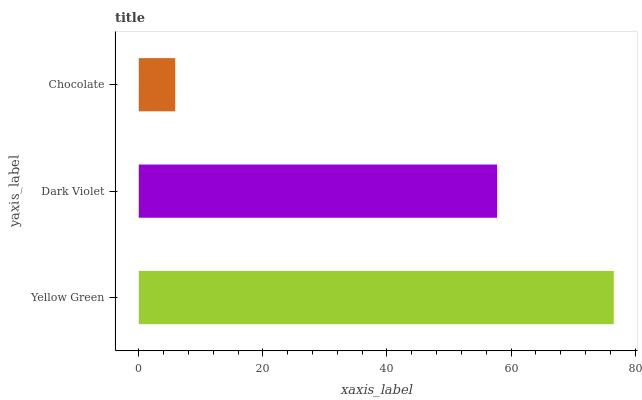
| yaxis_label | bars |
 | --- | --- |
 | Yellow Green | 76.6 |
 | Dark Violet | 57.7 |
 | Chocolate | 5.87 |